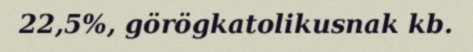
22,5%, görögkatolikusnak kb.